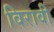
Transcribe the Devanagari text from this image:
विरावी